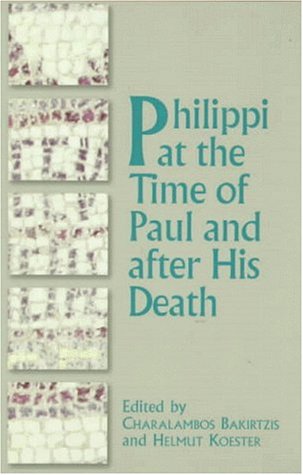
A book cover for Philippi at the Time of Paul and After His Death; Travel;